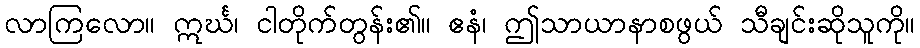
လာကြလော။ ဣင်္ဃ၊ ငါတိုက်တွန်း၏။ ဧနံ၊ ဤသာယာနာစဖွယ် သီချင်းဆိုသူကို။